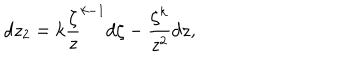
LaTeX: d z _ { 2 } = k \frac { \zeta } { z } ^ { k - 1 } d \zeta - \frac { \zeta ^ { k } } { z ^ { 2 } } d z ,